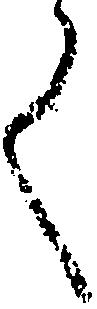
く